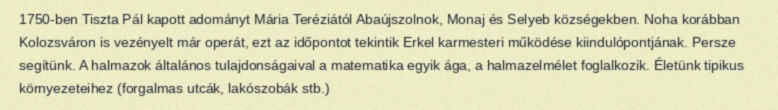
1750-ben Tiszta Pál kapott adományt Mária Teréziától Abaújszolnok, Monaj és Selyeb községekben. Noha korábban Kolozsváron is vezényelt már operát, ezt az időpontot tekintik Erkel karmesteri működése kiindulópontjának. Persze segítünk. A halmazok általános tulajdonságaival a matematika egyik ága, a halmazelmélet foglalkozik. Életünk tipikus környezeteihez (forgalmas utcák, lakószobák stb.)